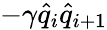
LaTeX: -\gamma\hat{q}_{i}\hat{q}_{i+1}